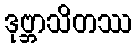
ဒုဗ္ဘာသိတဿ